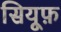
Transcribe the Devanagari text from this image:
सियूफ़